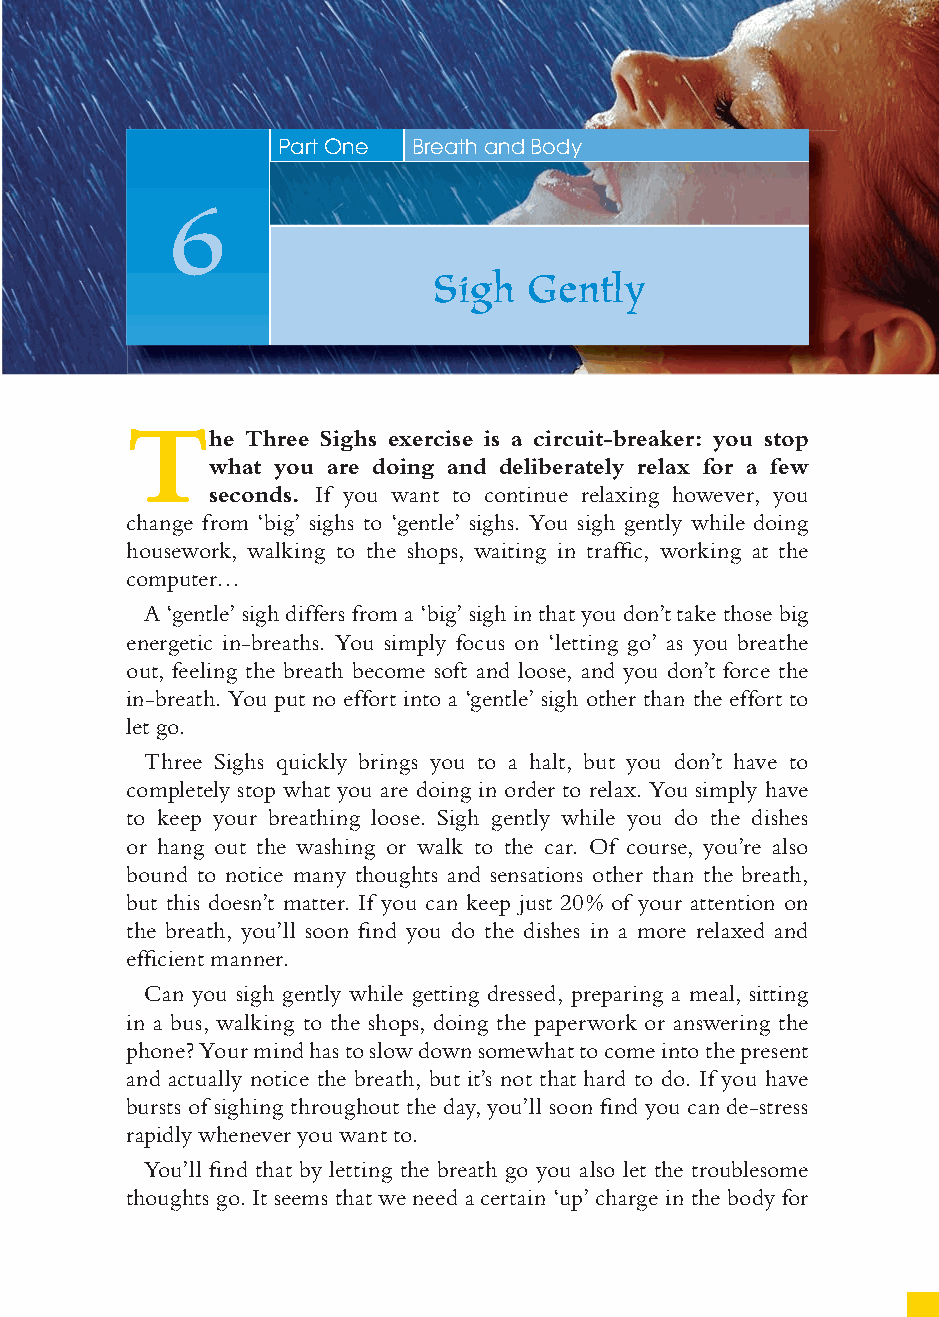
33
 Part One Breath and Body
 6
 Sigh   Gently
 T
 he Three Sighs exercise is a circuit-breaker: you stop
 what you are doing and deliberately relax for a few
 seconds. If you want to continue relaxing however, you
 change from ‘big’ sighs to ‘gentle’ sighs. You sigh gently while doing
 housework, walking to the shops, waiting in traffi c, working at the
 computer…
 A ‘gentle’ sigh differs from a ‘big’ sigh in that you don’t take those big
 energetic in-breaths. You simply focus on ‘letting go’ as you breathe
 out, feeling the breath become soft and loose, and you don’t force the
 in-breath. You put no effort into a ‘gentle’ sigh other than the effort to
 let go.
 Three Sighs quickly brings you to a halt, but you don’t have to
 completely stop what you are doing in order to relax. You simply have
 to keep your breathing loose. Sigh gently while you do the dishes
 or hang out the washing or walk to the car. Of course, you’re also
 bound to notice many thoughts and sensations other than the breath,
 but this doesn’t matter. If you can keep just 20% of your attention on
 the breath, you’ll soon fi nd you do the dishes in a more relaxed and
 effi cient manner.
 Can you sigh gently while getting dressed, preparing a meal, sitting
 in a bus, walking to the shops, doing the paperwork or answering the
 phone? Your mind has to slow down somewhat to come into the present
 and actually notice the breath, but it’s not that hard to do. If you have
 bursts of sighing throughout the day, you’ll soon fi nd you can de-stress
 rapidly whenever you want to.
 You’ll fi nd that by letting the breath go you also let the troublesome
 thoughts go. It seems that we need a certain ‘up’ charge in the body for
 ffiivvee__220000667788..iinndddd SSeecc11::3377     3300//55//0055 55::0033::3388 PPMM